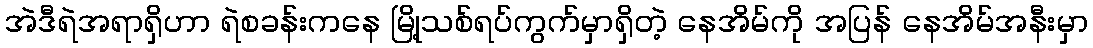
အဲဒီရဲအရာရှိဟာ ရဲစခန်းကနေ မြို့သစ်ရပ်ကွက်မှာရှိတဲ့ နေအိမ်ကို အပြန် နေအိမ်အနီးမှာ